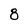
Character: 8